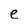
Character: e